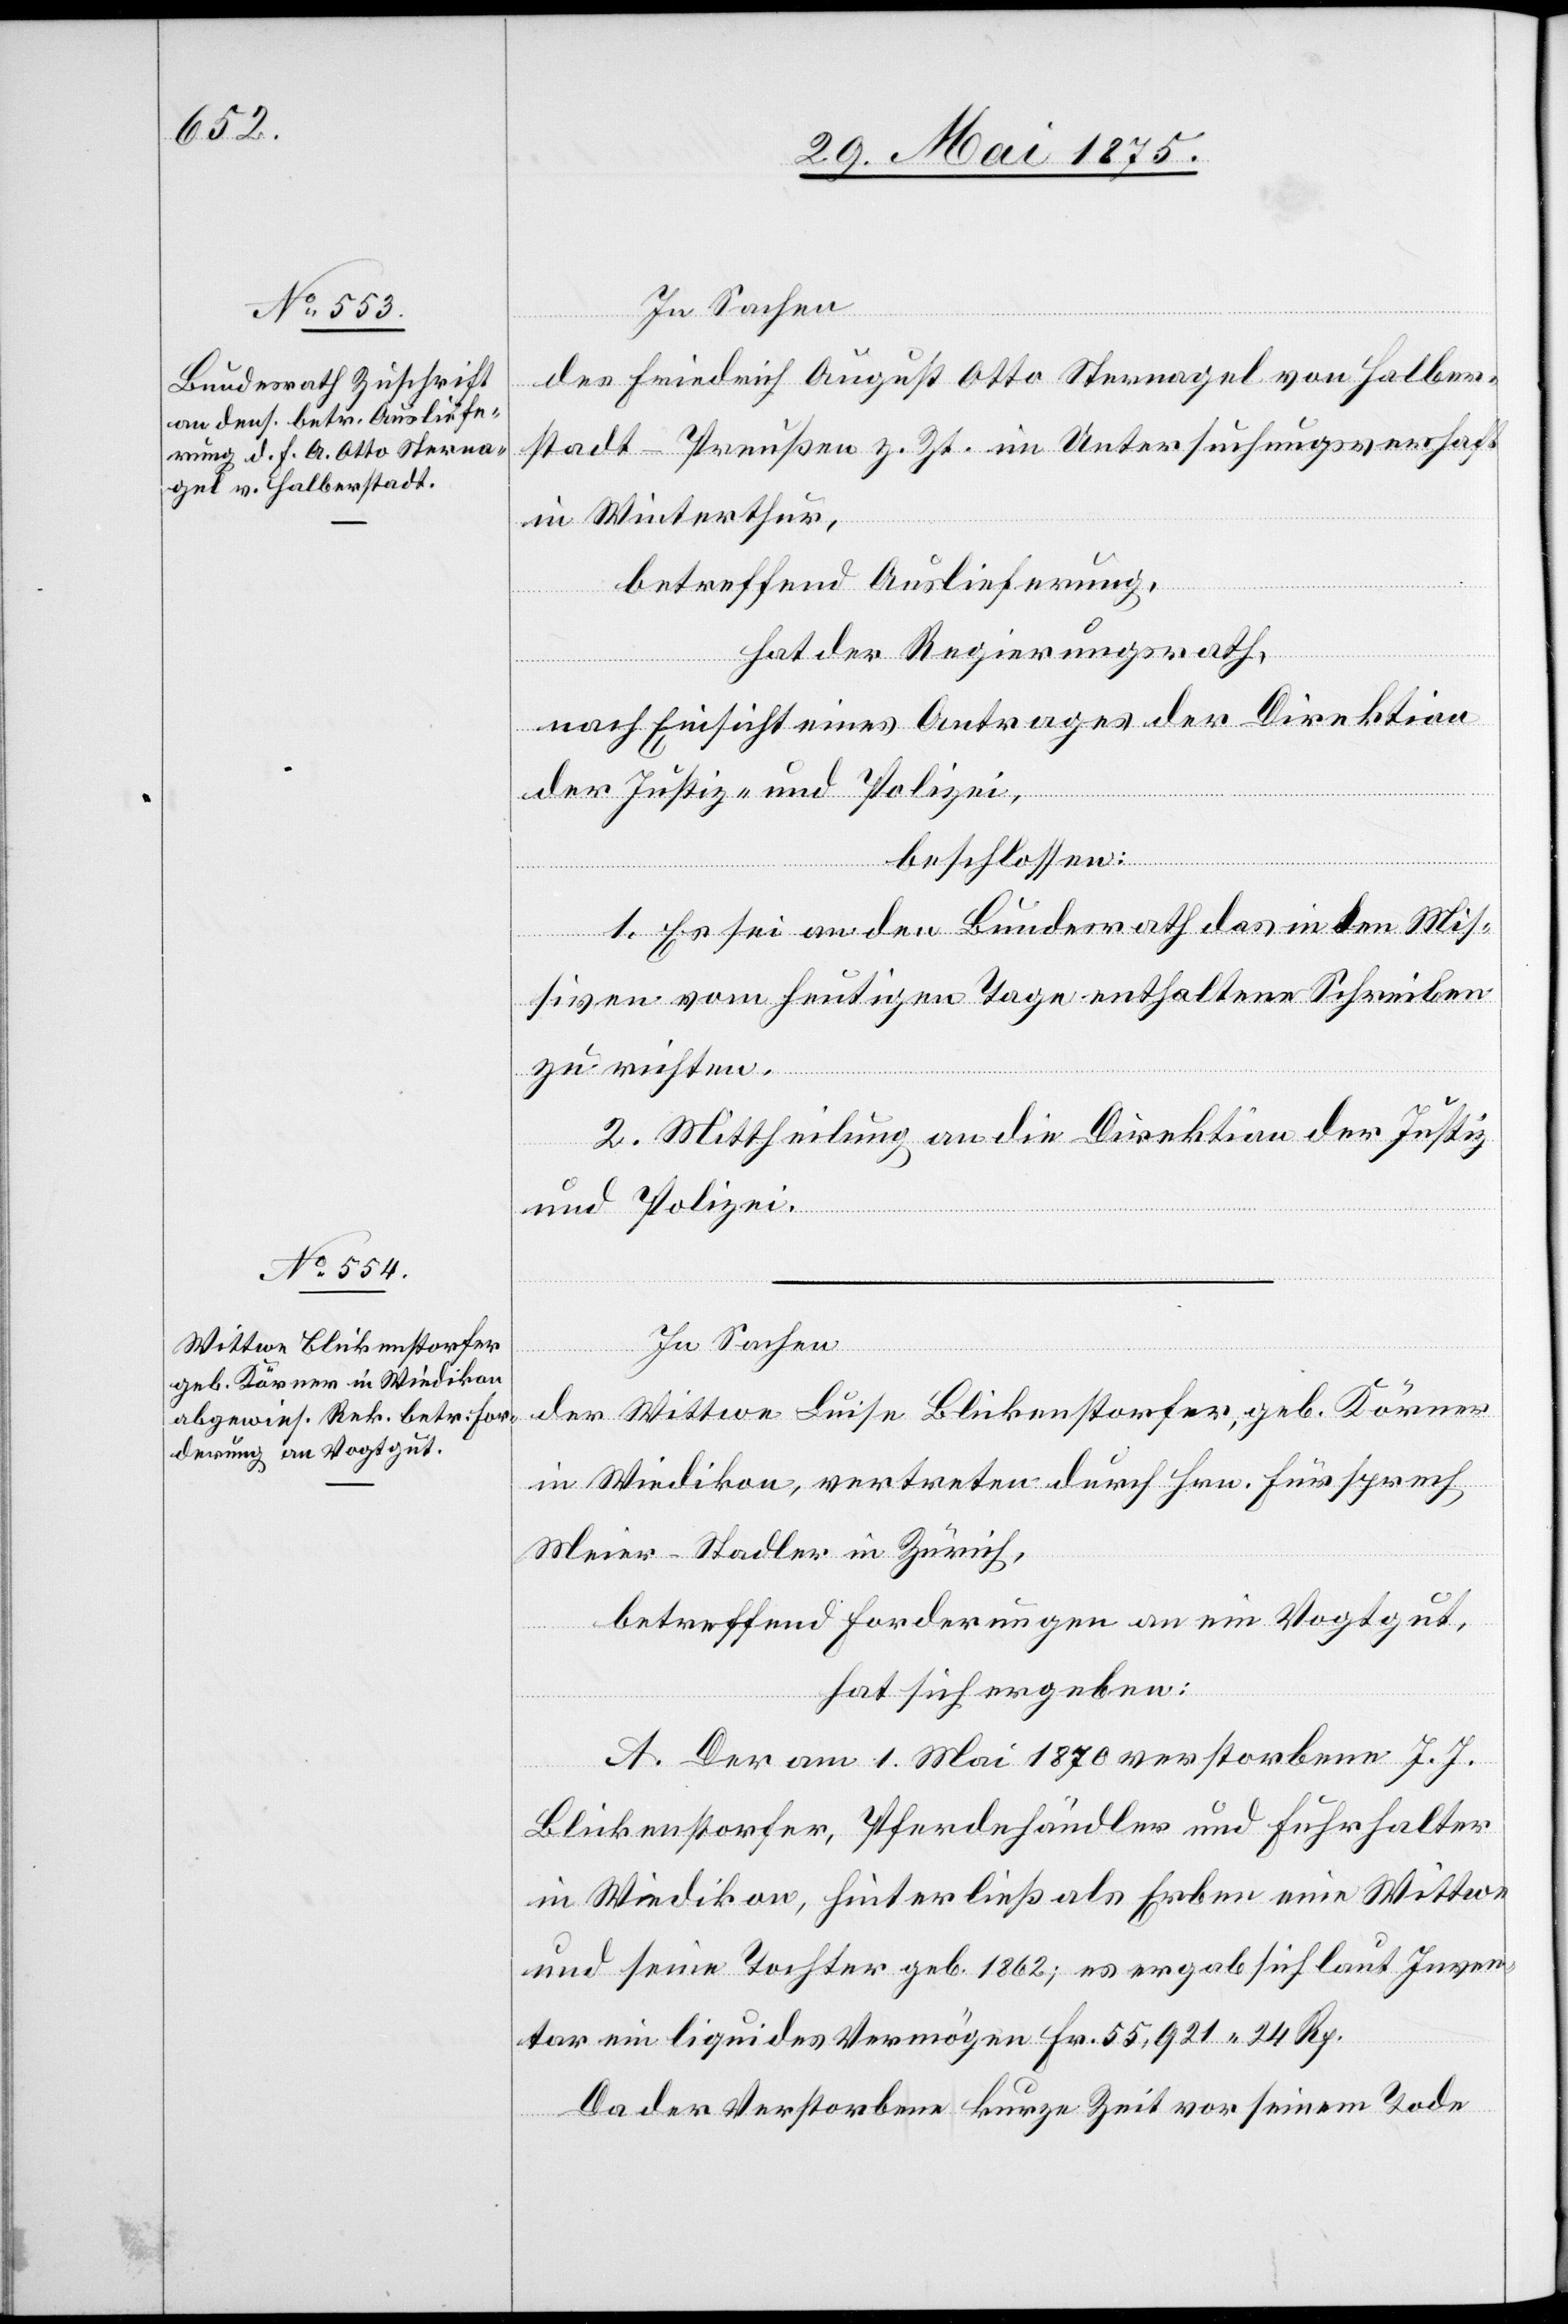
In Sachen
des Friedrich August Otto Sternagel von Halber¬
stadt - Preußen z. Zt. im Untersuchungsverhaft
in Winterthur,
betreffend Auslieferung,
hat der Regierungsrath,
nach Einsicht eines Antrages der Direktion
der Justiz und Polizei,
beschlossen:
1. Es sei an den Bundesrath das in den Mis¬
siven vom heutigen Tage enthaltene Schreiben
zu richten.
2. Mittheilung an die Direktion der Justiz
und Polizei.
In Sachen
der Wittwe Luise Blickenstorfer, geb. Körner
in Wiedikon, vertreten durch Hrn. Fürsprech
Meier-Stadler in Zürich,
betreffend Forderung an ein Vogtgut,
hat sich ergeben:
A. Der am 1. Mai 1870 verstorbene J. J.
Blickenstorfer, Pferdhändler und Fuhrhalter
in Wiedikon, hinterließ als Erben eine Wittwe
und seine Tochter geb. 1862; es ergab sich laut Inven¬
tar ein liquides Vermögen Fr. 55,921 24 Rp.
Da der Verstorbene kurze Zeit vor seinem Tode